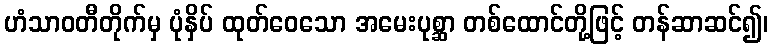
ဟံသာဝတီတိုက်မှ ပုံနှိပ် ထုတ်ဝေသော အမေးပုစ္ဆာ တစ်ထောင်တို့ဖြင့် တန်ဆာဆင်၍၊